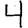
Digit: 4